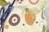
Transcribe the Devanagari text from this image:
१०मई